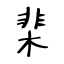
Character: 棐